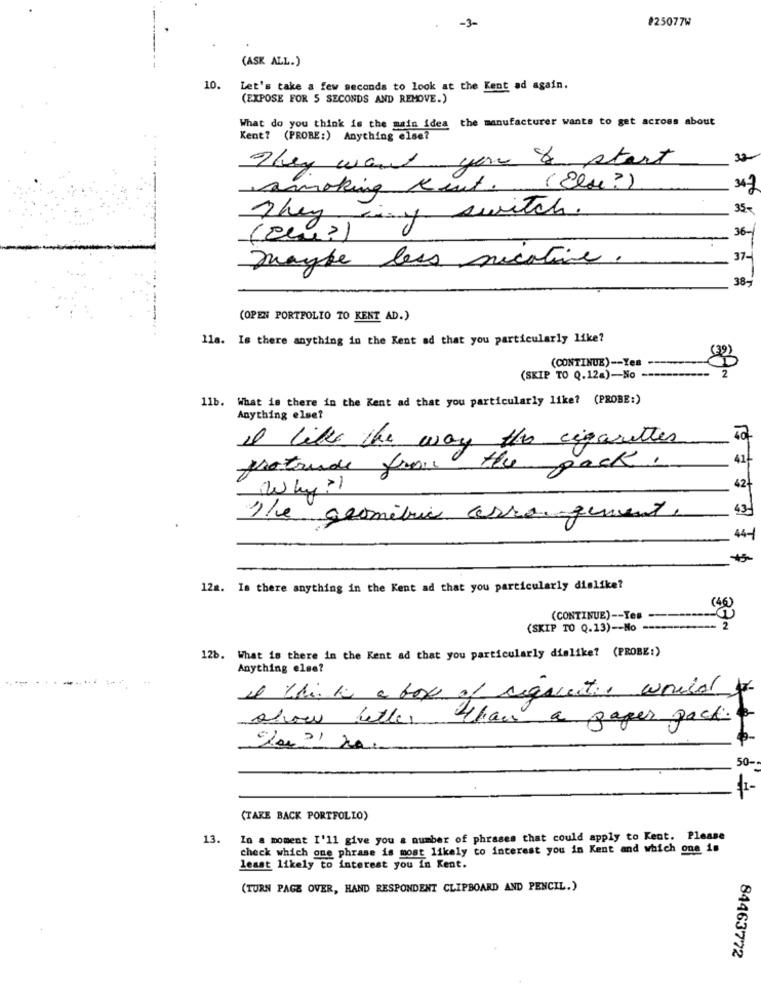
-3-
#25077W
(ASK ALL.)
10.
Let's take a few seconds to look at the Kent ad again.
(EXPOSE FOR 5 SECONDS AND REMOVE.)
What do you think is the main idea the manufacturer wants to get across about
Kent? (PROBE:) Anything else?
They want you to start
32
smoking Rent. (Else?)
35-
They y switch.
36-
maybe less nicative.
37-
38-
(OPEN PORTFOLIO TO KENT AD.)
lla. Is there anything in the Kent ad that you particularly like?
(39)
(CONTINUE) -- Yes
---
2
(SKIP TO Q.12a)-No --
1lb. What is there in the Kent ad that you particularly like? (PROBE:)
Anything else?
I like the way the cigarettes
41
protrude from
the pack
Why?
42
43-
che geometria cerro gement.
44-1
12g. Is there anything in the Kent ad that you particularly dislike?
( 46)
(CONTINUE) -- Tes
(SKIP TO Q.13) -- No --
12b. What is there in the Kent ad that you particularly dislike? (PROBE:)
Anything else?
Il whiskey a box of requests would for
show letter
than a paper pack
50-
$1-
(TAKE BACK PORTFOLIO)
13.
In a moment I'll give you a number of phrases that could apply to Kent. Please
check which one phrase is most likely to interest you in Kent and which one is
least likely to interest you in Kent.
(TURN PAGE OVER, HAND RESPONDENT CLIPBOARD AND PENCIL.)
84463772